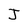
Character: J